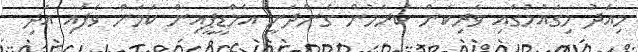
މިއަދު މިގައުމުގައި ވެރިކަން ކުރަމުން ގެންދަނީ އެމްޑީޕީއިން ކަމަށް ވެފައި އަދި